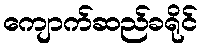
ကျောက်ဆည်ခရိုင်